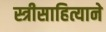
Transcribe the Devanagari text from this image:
स्त्रीसाहित्याने